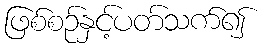
ဖြစ်စဉ်နှင့်ပတ်သက်၍